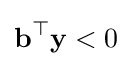
\mathbf {b} ^{\top }\mathbf {y} <0